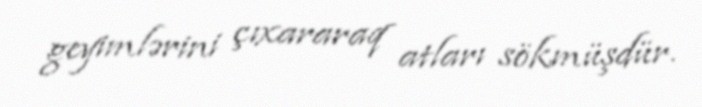
geyimlərini çıxararaq atları sökmüşdür.